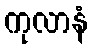
ကုလာနံ